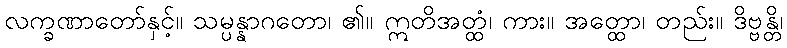
လက္ခဏာတော်နှင့်။ သမ္ပန္နာဂတော၊ ၏။ ဣတိအတ္ထံ၊ ကား။ အတ္ထော၊ တည်း။ ဒိဗ္ဗန္တိ၊